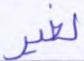
لغير